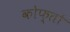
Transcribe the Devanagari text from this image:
कोफ्तों